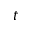
t